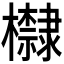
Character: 𪴛